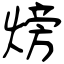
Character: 𪹚